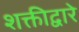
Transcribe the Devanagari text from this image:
शक्तीद्वारे